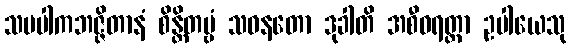
သမပါကဘဇ္ဇိတာနံ စိန္တိတဗ္ဗံ သဝနတော ဒုခါတိ အစီဝရတ္တာ ဥပါယေသု